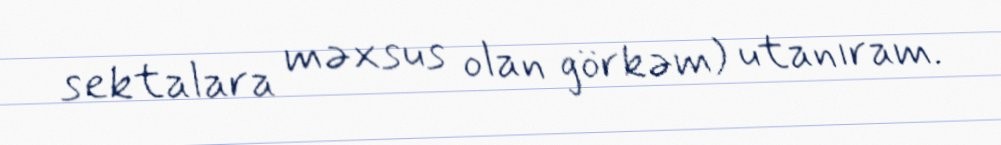
sektalara məxsus olan görkəm) utanıram.